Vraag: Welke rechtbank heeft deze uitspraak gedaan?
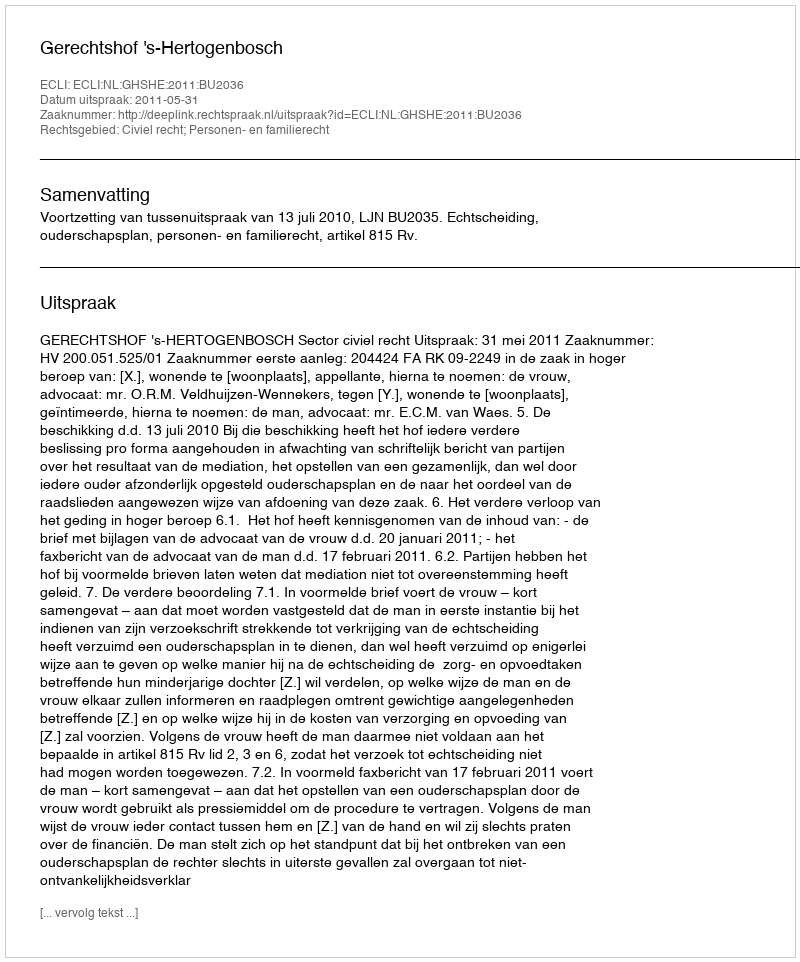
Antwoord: Gerechtshof 's-Hertogenbosch